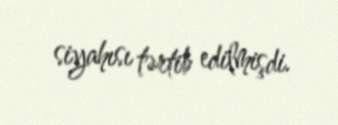
siyahısı tərtib edilmişdi.